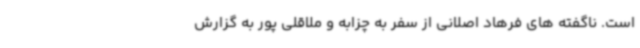
است. ناگفته های فرهاد اصلانی از سفر به چزابه و ملاقلی پور به گزارش